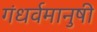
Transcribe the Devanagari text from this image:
गंधर्वमानुषी